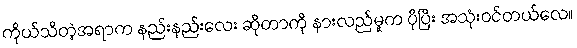
ကိုယ်သိတဲ့အရာက နည်းနည်းလေး ဆိုတာကို နားလည်မှုက ပိုပြီး အသုံးဝင်တယ်လေ။